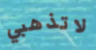
لاتذهبي